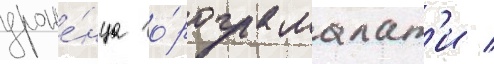
уроже́нца го́рода малат'и /